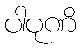
ပါပုဏိ